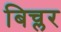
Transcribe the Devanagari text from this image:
बिच्लर